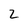
Character: 2